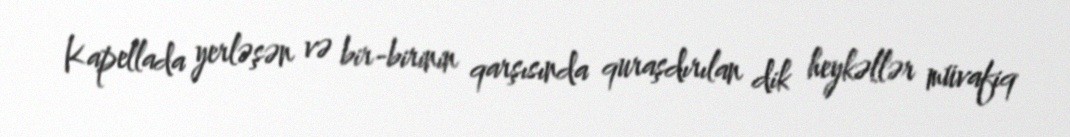
Kapellada yerləşən və bir-birinin qarşısında quraşdırılan dik heykəllər müvafiq